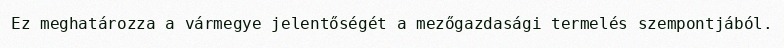
Ez meghatározza a vármegye jelentőségét a mezőgazdasági termelés szempontjából.